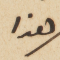
هذا